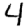
Digit: 4